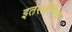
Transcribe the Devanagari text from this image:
इतरलैंगिक